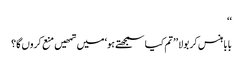
‘‘
بابا ہنس کر بولا ’’تم کیا سمجھتے ہو‘ میں تمھیں منع کروں گا؟